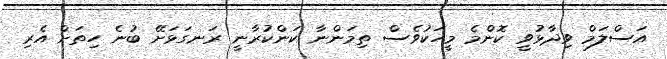
އަސްލަމް ވިދާޅުވީ ކޮންމެ މީހަކުވެސް ތިމަންނާ ކަންކުރާނީ ރަނގަޅަށޭ ބުނެ ހިތަށް އެރި